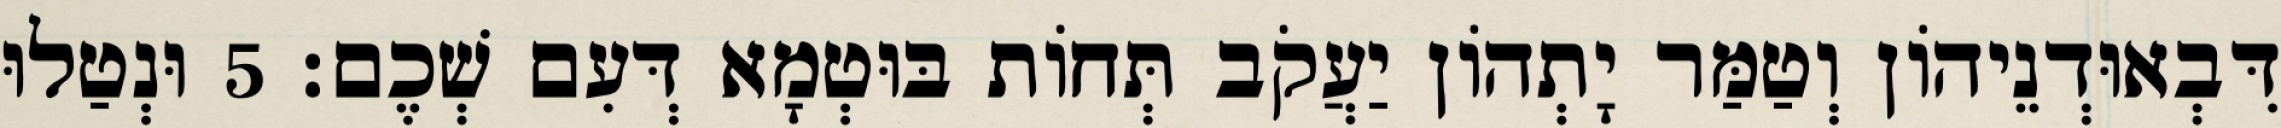
דִּבְאוּדְנֵיהוֹן וְטַמַּר יָתְהוֹן יַעֲקֹב תְּחוֹת בּוּטְמָא דְּעִם שְׁכֶם׃ 5 וּנְטַלוּ